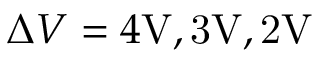
\Delta V = 4 \mathrm { { V } , 3 \mathrm { { V } , 2 \mathrm { { V } } } }